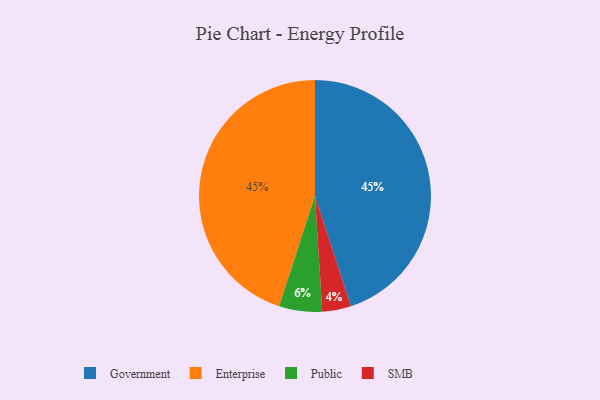
{"axis": {"x": "Category", "y": "Percentage"}, "legend": ["Enterprise", "Government", "Public", "SMB"], "data": [{"x": "Government", "y": 45, "type": "Government"}, {"x": "SMB", "y": 4, "type": "SMB"}, {"x": "Enterprise", "y": 45, "type": "Enterprise"}, {"x": "Public", "y": 6, "type": "Public"}]}